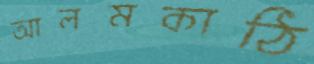
আলমকাঠি